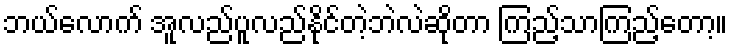
ဘယ်လောက် အူလည်ပူလည်နိုင်တဲ့ဘဲလဲဆိုတာ ကြည့်သာကြည့်တော့။